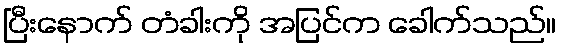
ပြီးနောက် တံခါးကို အပြင်က ခေါက်သည်။